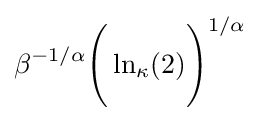
\beta ^{-1/\alpha }{\Bigg (}\ln _{\kappa }(2){\Bigg )}^{1/\alpha }